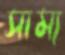
সাম্য